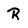
Character: R